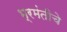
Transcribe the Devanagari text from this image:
भ्रमंतीचे